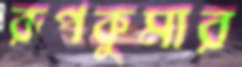
রূপকুমার